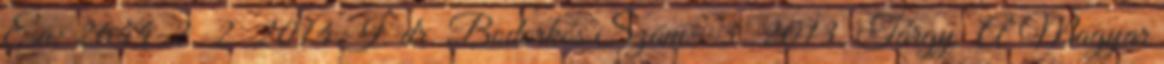
Ea: 2644-2 2 2014.I. dr. Bodorkós Szám: 3 2013. Tárgy: A Magyar